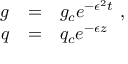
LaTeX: \begin{array} { r c l } { { g } } & { { = } } & { { g _ { c } e ^ { - \epsilon ^ { 2 } t } \ , } } \\ { { q } } & { { = } } & { { q _ { c } e ^ { - \epsilon z } \ } } \end{array}